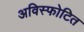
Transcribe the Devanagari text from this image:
अविस्फोटित